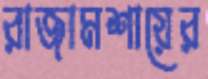
রাজামশায়ের